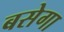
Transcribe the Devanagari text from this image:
बसेगा